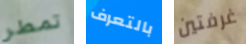
تمطر بالتعرف غرفتين